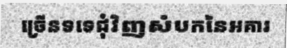
ច្រើនទទេជុំវិញសំបកនៃអគារ